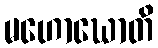
မဟောဃောတိ